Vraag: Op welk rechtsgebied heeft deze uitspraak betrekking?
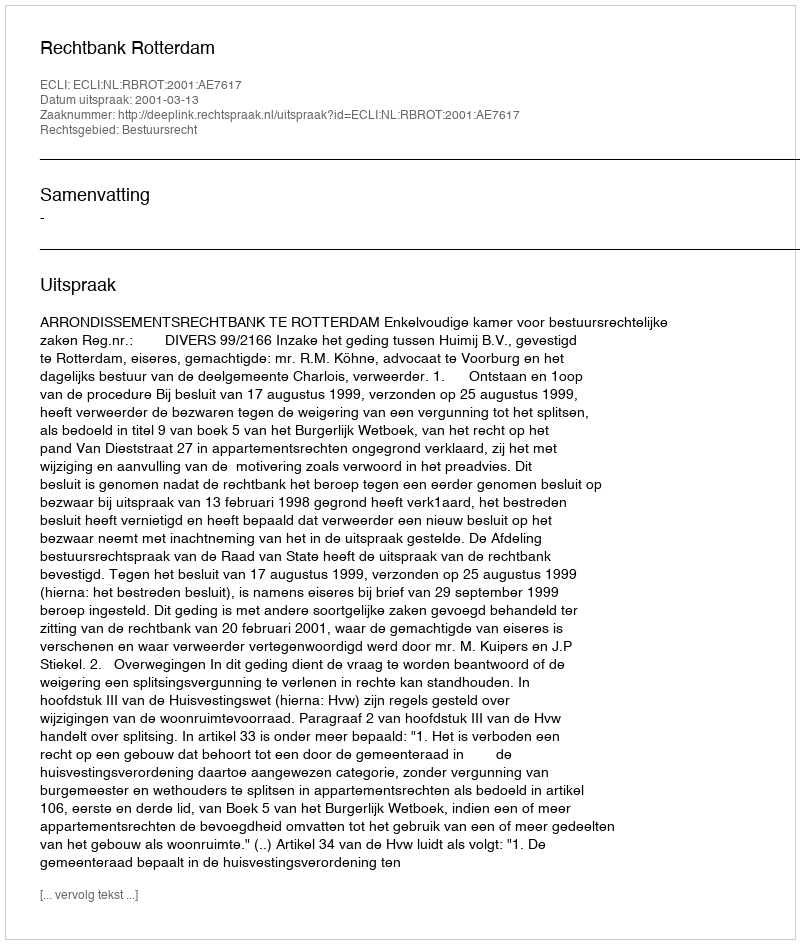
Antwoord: Bestuursrecht